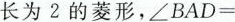
长为2的菱形，∠BAD=